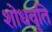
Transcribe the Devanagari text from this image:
शोधवृति